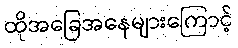
ထိုအခြေအနေများကြောင့်